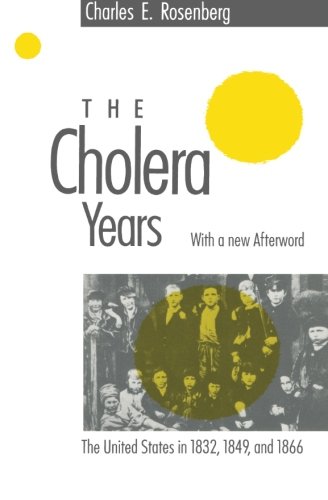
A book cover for The Cholera Years: The United States in 1832, 1849, and 1866; Charles E. Rosenberg; Medical Books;